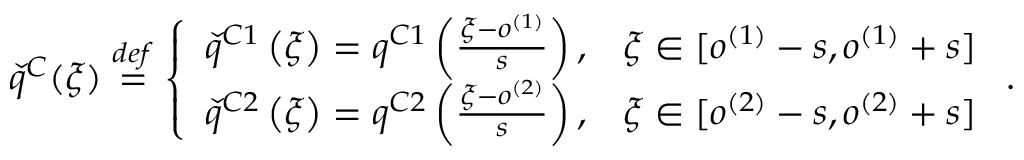
\check { q } ^ { C } ( \xi ) \overset { d e f } { = } \left\{ \begin{array} { l l } { \check { q } ^ { C 1 } \left( \xi \right) = q ^ { C 1 } \left( \frac { \xi - o ^ { ( 1 ) } } { s } \right) , } & { \xi \in [ o ^ { ( 1 ) } - s , o ^ { ( 1 ) } + s ] } \\ { \check { q } ^ { C 2 } \left( \xi \right) = q ^ { C 2 } \left( \frac { \xi - o ^ { ( 2 ) } } { s } \right) , } & { \xi \in [ o ^ { ( 2 ) } - s , o ^ { ( 2 ) } + s ] } \end{array} \right. .